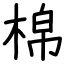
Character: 棉